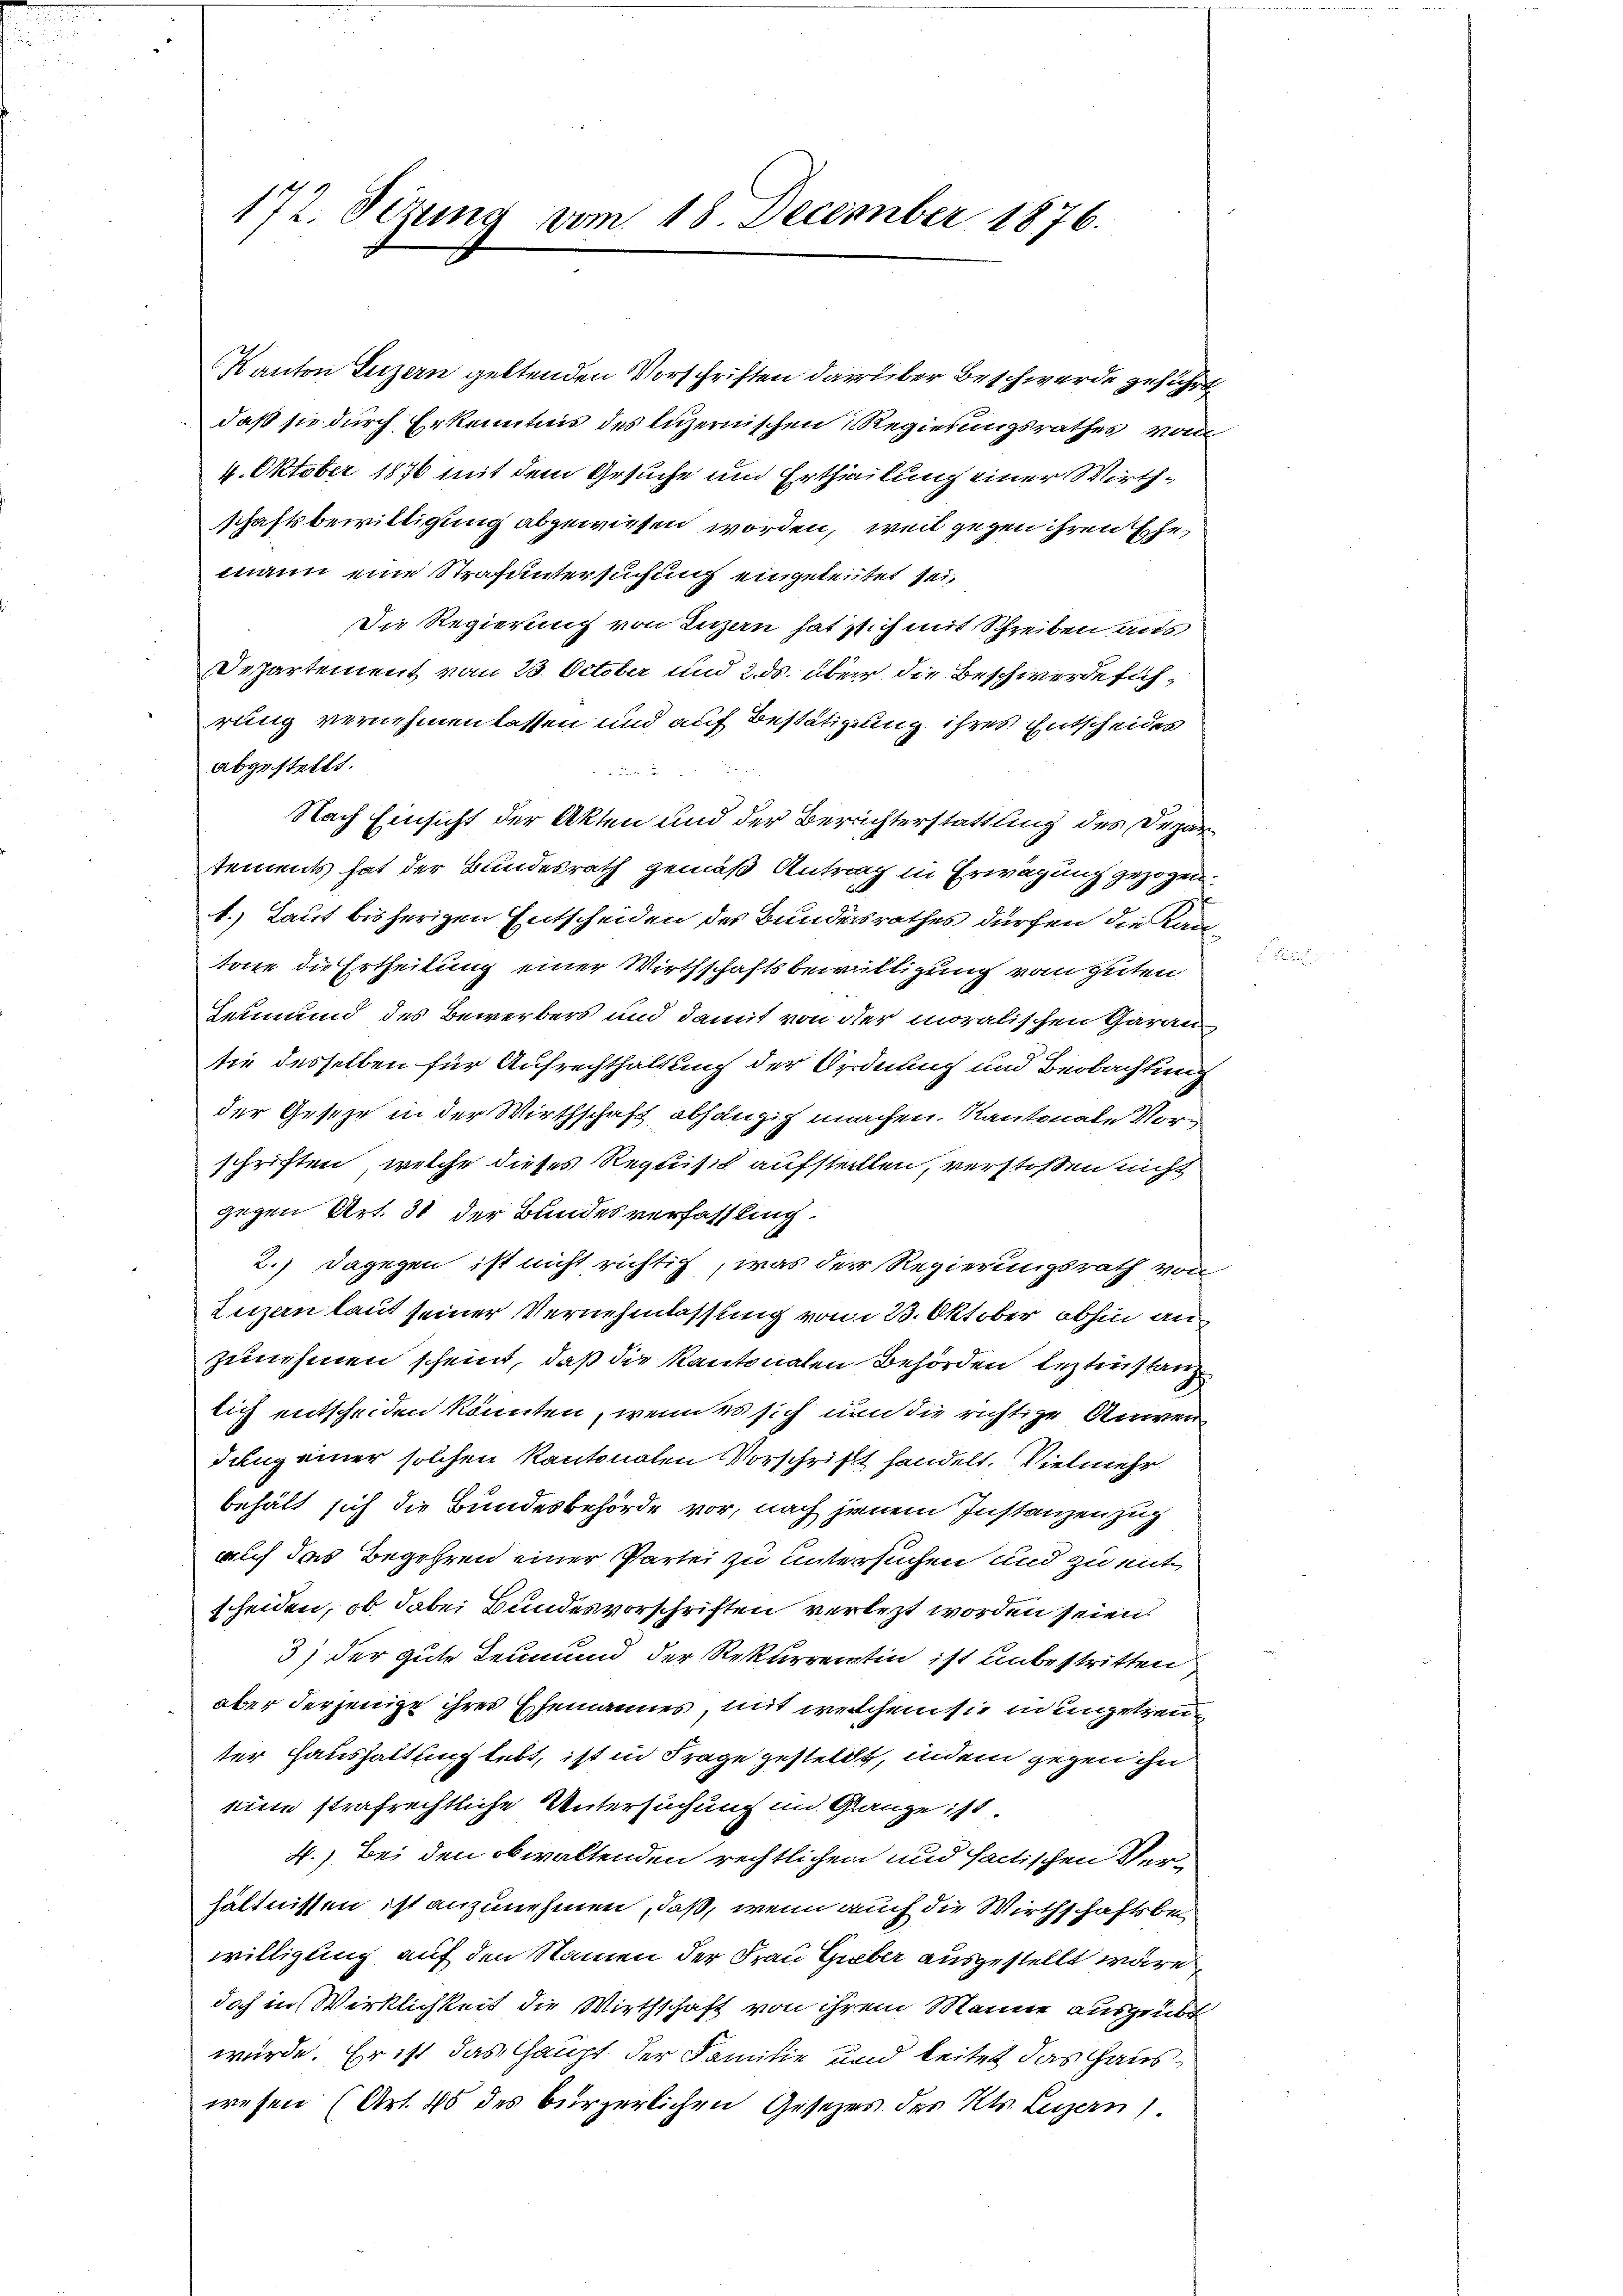
172. Sezung vom 18. December 1876.

Kanton Luzern geltenden Vorschriften darüber Beschwerde geführt
daß sie durch Erkenntnis des luzernischen Regierungsrathes vom
4. Oktober 1876 mit dem Gesuche und Ertheilung einer Wirthschaftsbewilligung abgewiesen worden, weil gegen ihren Ehe
mann eine Strafuntersuchung eingeleutet sei,
Die Regierung von Luzern hat sich mit Schreiben aus
Departement vom 23. October und 2. ds. über die Beschwerdeführung vernehmen lassen und auf Bestätigung ihres Entscheides
Nach Einsicht der Akten und der Berechterstattung des Departements hat der Bundesrath gemäß Antrag in Erwägung gezogen.
1.) Laut bisherigen Entscheiden des Bundesrathes dürfen die Kantone die Ertheilung einer Wirthschaftsbewilligung vom Guten
Leumund des Bewerbers und damit von der moralischen Garan
tie desselben für Aufrechthaltung der Ordnung und Beobachtung
der Geseze in der Wirthschaft abhängig machen. Kantonale Vorschriften, welche dieses Requisit aufstellen, verstoßen nicht
gegen Art. 31 der Bundesverfassling.
2.) Dagegen ist nicht richtig, was der Regierungsrath von
Luzen laut seiner Vernehmlassung vom 23. Oktober abhin an
zunehmen scheint, daß die Kantonalen Behörden leztenstanz
tig entscheiden könnten, wenn es sich nun die richtige Anwendung einer solchen Kantonalen Vorschrift handelt. Vielmehr
behält sich die Bundesbehörde vor, nach jenem Instanzen zug
auch das Begehren einer Partei zu untersuchen und zu mit
scheiden, ob dabei Bundesvorschriften verlezt worden seien.
3) der gute Leumund der Rekurrentin ist unbestritten
aber derjenige ihres Ehemannes, mit welchem sie in ungetreu
ter Haushaltung lebt, ist in Frage gestellt, indem gegen ihn
eine strafrechtliche Untersuchung im Ganze ist.
4.) Bei den obwaltenden rechtlichen und factischen Verhältnissen ist anzunehmen, daß, wenn auch die Wirthschaftsbei
willigung auf den Namen der Frau Gieber ausgestellt wäre,
doch in Wirklichkeit die Wirthschaft von ihrem Manne ausgeübt
würde. Er ist das Haupt der Familie und beitet das Hauswesen (Art. 45 des bürgerlichen Gesezes des Kts. Legern).

abgestellt.